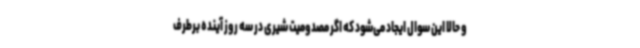
و حالا این سوال ایجاد می‌شود که اگر مصدومیت شیری در سه روز آینده برطرف